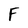
Character: F